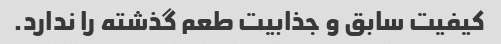
کیفیت سابق و جذابیت طعم گذشته را ندارد.